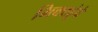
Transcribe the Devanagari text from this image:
भिक्खूंचे